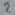
Text: 2